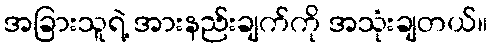
အခြားသူရဲ့ အားနည်းချက်ကို အသုံးချတယ်။